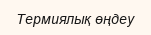
Термиялық өңдеу